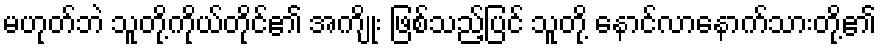
မဟုတ်ဘဲ သူတို့ကိုယ်တိုင်၏ အကျိုး ဖြစ်သည့်ပြင် သူတို့ နောင်လာနောက်သားတို့၏